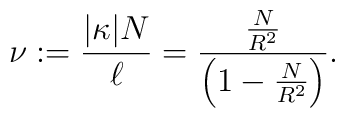
\nu:=\frac{|\kappa| N}{\ell}=\frac{\frac{N}{R^{2}}}{\left(1-\frac{N}{R^{2}} \right)}.